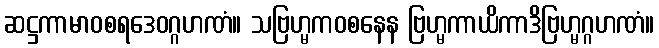
ဆဋ္ဌကာမာဝစရဒေဝဂ္ဂဟဏံ။ သဗြဟ္မကဝစနေန ဗြဟ္မကာယိကာဒိဗြဟ္မဂ္ဂဟဏံ။